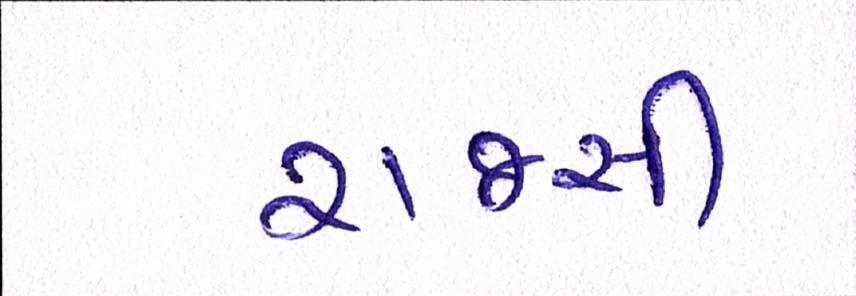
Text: રાજસી